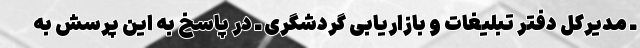
ـ مدیرکل دفتر تبلیغات و بازاریابی گردشگری ـ در پاسخ به این پرسش به